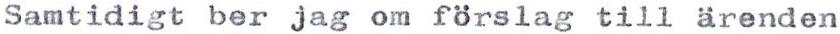
Samtidigt ber jag om förslag till ärenden